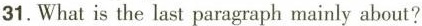
31.What is the last paragraph mainly about?